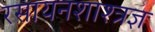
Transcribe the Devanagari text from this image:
रसायनशाश्त्रज्ञ